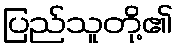
ပြည်သူတို့၏